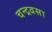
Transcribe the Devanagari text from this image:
चन्द्रवसा